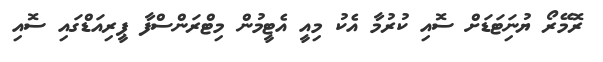
ރޮމޭރޯ ޔުނަިޓަޑަށް ސޮއި ކުރުމާ އެކު މިއީ އެޓީމުން މިޓްރަންސްފާ ޕީރިއަޑްގައި ސޮއި